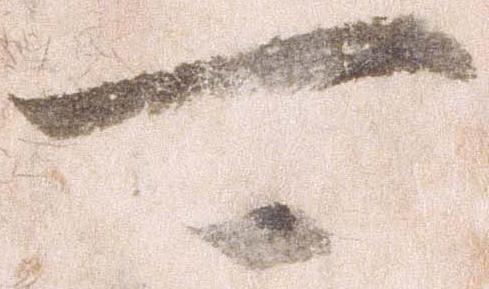
可